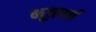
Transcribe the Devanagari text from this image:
भूतपर्व